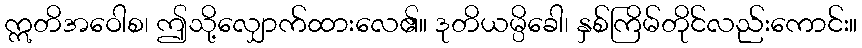
ဣတိအဝေါစ၊ ဤသို့လျှောက်ထားလေ၏။ ဒုတိယမ္ပိခေါ၊ နှစ်ကြိမ်တိုင်လည်းကောင်း။